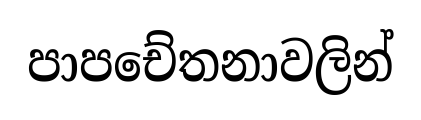
පාපචේතනාවලින්